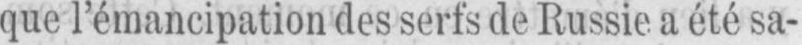
que l’émancipation des serfs de Russie a été sa-